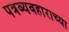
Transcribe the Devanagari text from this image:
पत्रव्यवहाराच्या